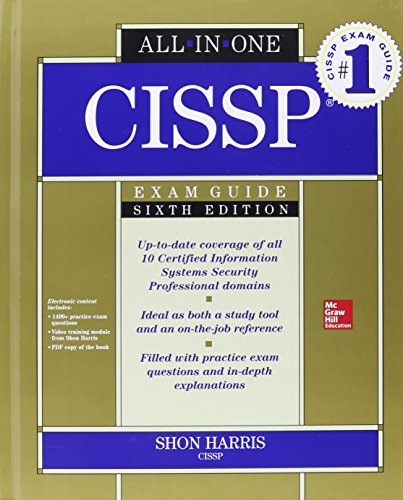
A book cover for CISSP Boxed Set, Second Edition (All-in-One); Shon Harris; Computers & Technology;